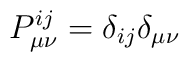
P^{ij}_{\mu \nu}=\delta_{ij} \delta_{\mu \nu}